Emmaste_vallavalitsus, lk 30
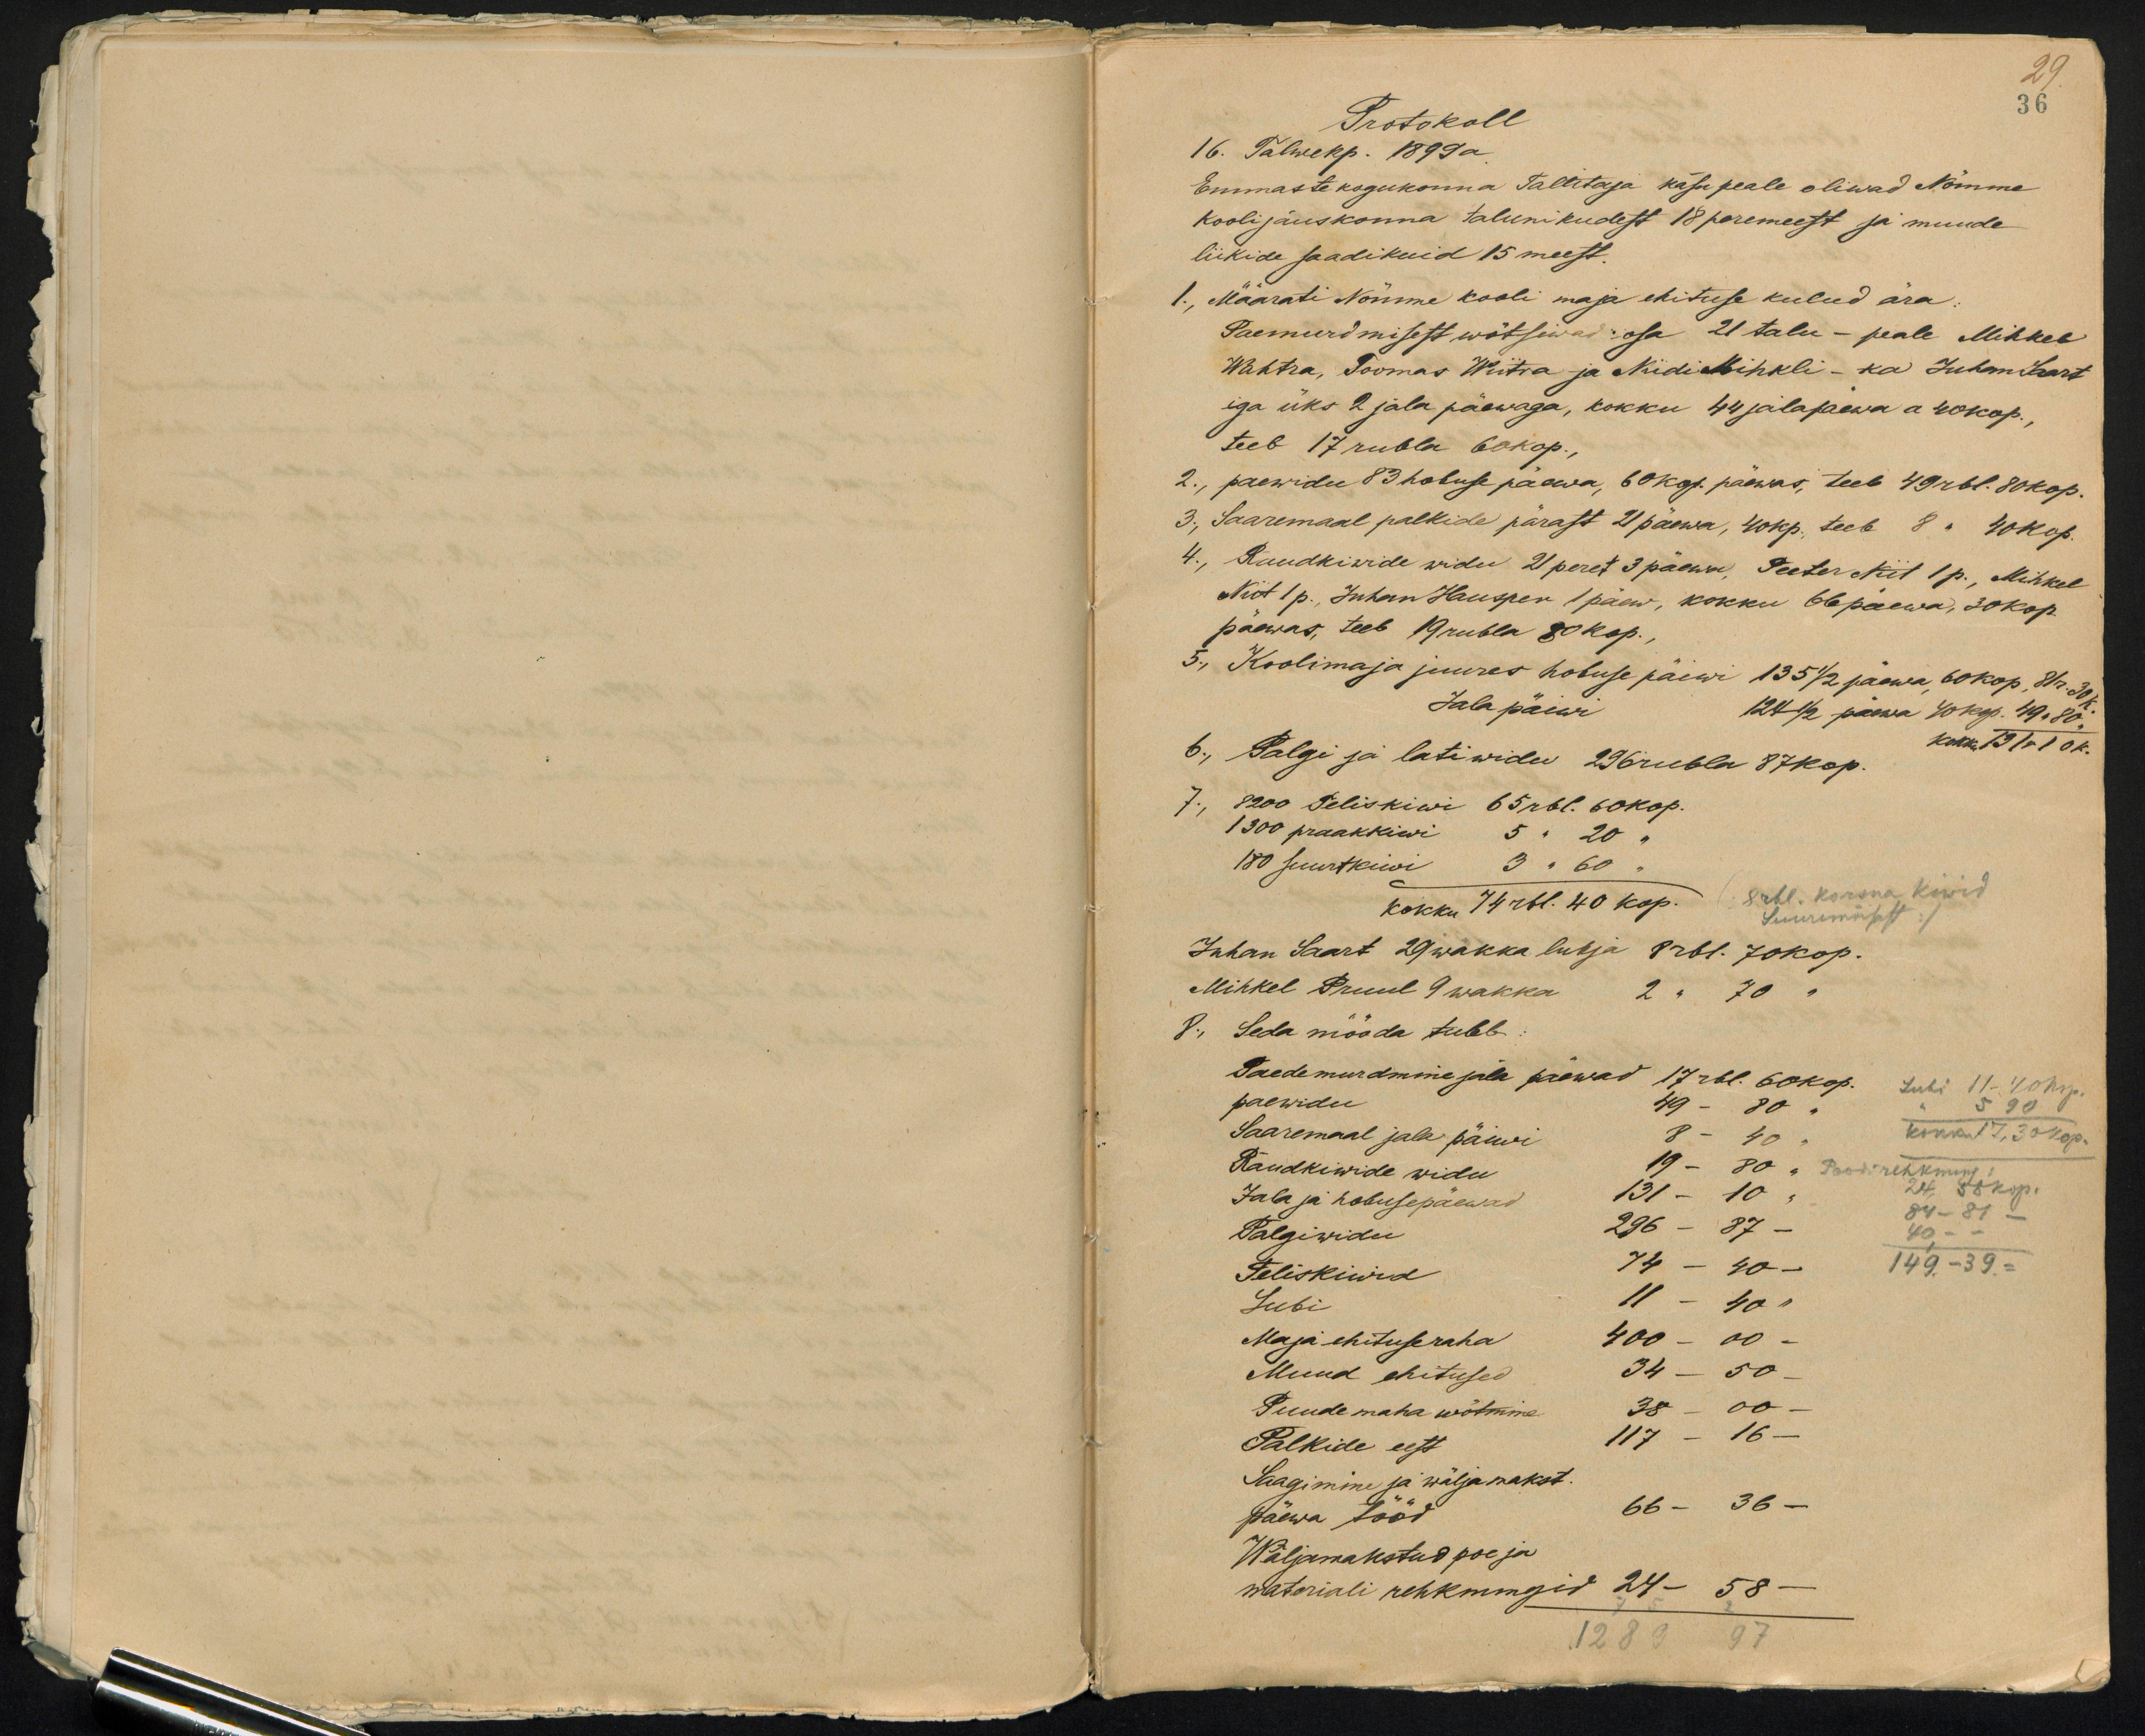
29.
36
Protokoll
16. Talwekp. 1899 a.
Emmaste kogukonna Tallitaja käsu peale oliwad Nõmme
koolijauskonna talunikudest 18 peremeest ja muude
liikide saadikuid 15 meest.
1., Määrati Nõmme kooli maja ehituse kulud ära:
Paemurdmisest wõtsiwad osa 21 talu- peale Mihkel
Wahtra, Toomas Wiitra ja Niidi Mihkli - ka Juhan Saart
iga üks 2 jala päewaga, kokku 44 jalapäewa a 40 kop.,
teeb 17 rubla 60 kop.
2., paewidu 83 hobuse päewa, 60 kop. päewas, teeb 49 rbl. 80 Kop.
3., Saaremaal palkide pärast 21 päewa, 40 kp, teeb 8 " 40 kop.
4., Raudkiwide widu 21 peret 3 päewa Peeter Niit 1 p. Mihkel
Niit 1 p. Juhan Hansper 1 päew, kokku 66 päewa, 30 kop.
päewas, teeb 19 rubla 80 kop.
5., Koolimaja juures hobuse päiwi 135 1/2 päewa 60 kop. 81 r. 31 k.
Jala päiwi
124 1/2 päewa 40 kop. 49 " 80"
6., Palgi ja lati widu 296 rubla 87 kop. kokku. 131r 10 k.
7., 8200 Teliskiwi 65 rbl. 60 kop.
1300 praakkiwi 5 " 20 "
180 suurtkiwi 3 "60 "
kokku 74 rbl. 40 kop. (84 rbl korsna kiwid
Suuremõisast)
Juhan Saart 29 wakka lubja 8 rbl. 70 kop.
Mihkel Pruul 9 wakka 2 " 70 "
8., Seda mööda tuleb.
Paedemurdmine jala päewad 17 rbl. 60 kop.
paewidu 49 - 80 "
Lubi 11-40 kop.
" 5.90
Saaremaal jala päiwi 8 - 40 "
kokkut 17,30 kop.
Raudkiwide widu 19-80 " Poodi rehknung:
Jala ja hobusepäewad 131 - 10 "
24. 58 kop.
Palgiwidu 296 - 87-
84 - 81-
40. -  -
Teliskiwid 14 - 40 -
149.- 39. =
Lubi 11 - 40 "
Maja ehituseraha 400 - 00 -
Muud ehitused 34 - 50-
Puude maha wõtmine 38 - 00 -
Palkide eest 117 - 16 -
Saagimine ja wälja makst.
päewa tööd 66 - 36 -
Wäljamakstud poe ja
materiali rehknungid 24 - 58 -
75 2
1289 97